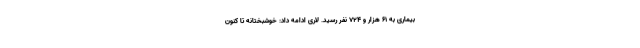
بیماری به ۶۱ هزار و ۷۲۴ نفر رسید. لاری ادامه داد: خوشبختانه تا کنون